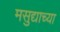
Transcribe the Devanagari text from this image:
मसुद्याच्या